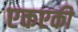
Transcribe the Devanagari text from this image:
एकएकी